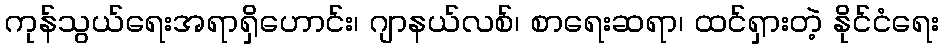
ကုန်သွယ်ရေးအရာရှိဟောင်း၊ ဂျာနယ်လစ်၊ စာရေးဆရာ၊ ထင်ရှားတဲ့ နိုင်ငံရေး